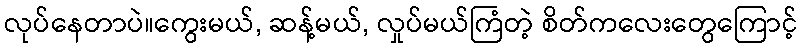
လုပ်နေတာပဲ။ကွေးမယ်, ဆန့်မယ်, လှုပ်မယ်ကြံတဲ့ စိတ်ကလေးတွေကြောင့်